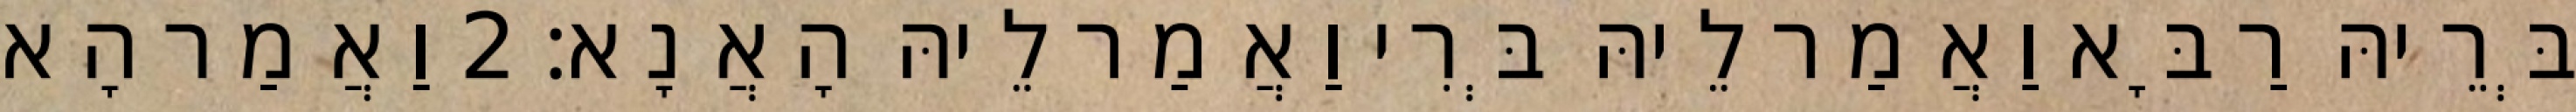
בְּרֵיהּ רַבָּא וַאֲמַר לֵיהּ בְּרִי וַאֲמַר לֵיהּ הָאֲנָא׃ 2 וַאֲמַר הָא